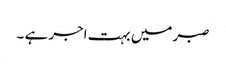
صبر میں بہت اجر ہے ۔